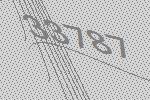
33787